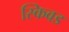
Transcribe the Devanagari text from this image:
स्किवड